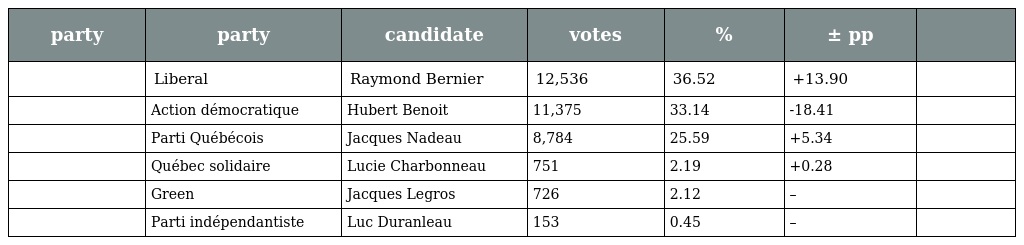
| party | party | candidate | votes | % | ± pp |  |
 | --- | --- | --- | --- | --- | --- | --- |
 |  | Liberal | Raymond Bernier | 12,536 | 36.52 | +13.90 |  |
 |  | Action démocratique | Hubert Benoit | 11,375 | 33.14 | -18.41 |  |
 |  | Parti Québécois | Jacques Nadeau | 8,784 | 25.59 | +5.34 |  |
 |  | Québec solidaire | Lucie Charbonneau | 751 | 2.19 | +0.28 |  |
 |  | Green | Jacques Legros | 726 | 2.12 | – |  |
 |  | Parti indépendantiste | Luc Duranleau | 153 | 0.45 | – |  |